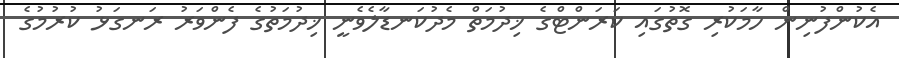
އެކުންފުނިން ހާމަކުރި ގޮތުގައި ކަރަންޓްގެ ޚިދުމަތް މެދުކަނޑާލެވެނީ ޚިދުމަތުގެ ފެންވަރު ރަނގަޅު ކުރުމުގެ